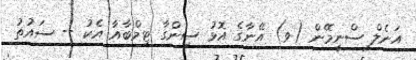
އަނެލް ސްނީމޭން (ވ) އޭނާގެ އޮޅު ސިންގާ ޓިމްބާއާ އެކު -- ސައުތު